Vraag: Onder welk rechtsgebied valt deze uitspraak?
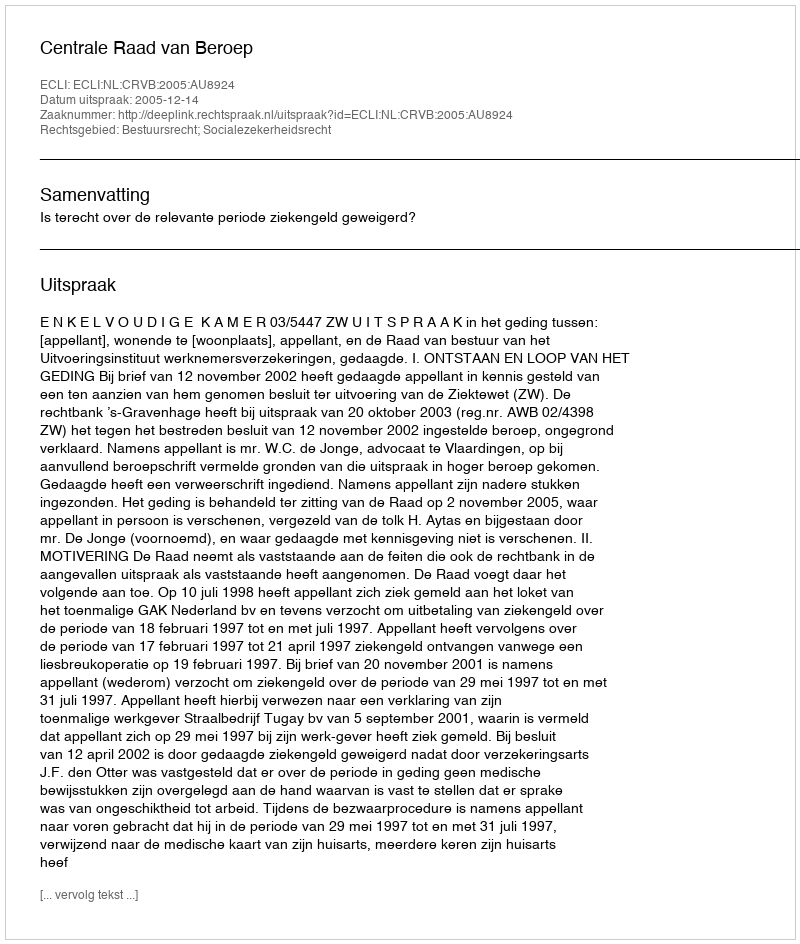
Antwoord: Bestuursrecht; Socialezekerheidsrecht